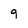
Character: 9